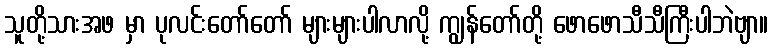
သူတို့သားအဖ မှာ ပုလင်းတော်တော် များများပါလာလို့ ကျွန်တော်တို့ ဖောဖောသီသီကြီးပါဘဲဗျာ။